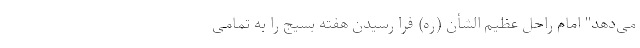
می‌دهد" امام راحل عظیم الشأن (ره) فرا رسیدن هفته بسیج را به تمامی